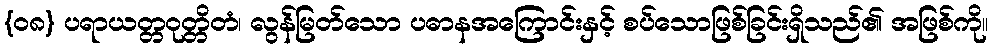
{၀၈} ပရာယတ္တဝုတ္တိတံ၊ လွန်မြတ်သော ပဓာနအကြောင်းနှင့် စပ်သောဖြစ်ခြင်းရှိသည်၏ အဖြစ်ကို။